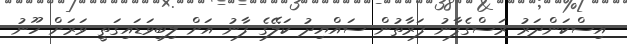
އިސްކަންދަރު ރަސްގެފާނު ފަރާތުން ސައްޔިދު ކަލޭގެ ފާނު އަށް ލިބިވަޑައިގަތީ ވަރަށް ހޫނު